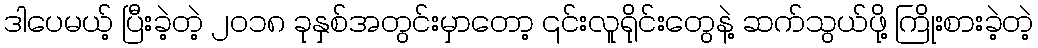
ဒါပေမယ့် ပြီးခဲ့တဲ့ ၂၀၁၈ ခုနှစ်အတွင်းမှာတော့ ၎င်းလူရိုင်းတွေနဲ့ ဆက်သွယ်ဖို့ ကြိုးစားခဲ့တဲ့